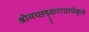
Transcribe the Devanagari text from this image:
श्रीमच्छड़्कराचार्यकृतं